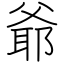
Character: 爺